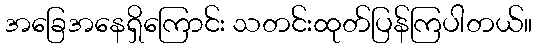
အခြေအနေရှိကြောင်း သတင်းထုတ်ပြန်ကြပါတယ်။